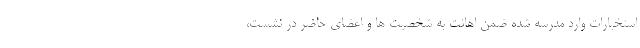
استخبارات وارد مدرسه شده ضمن اهانت به شخصیت ها و اعضای حاضر در نشست،